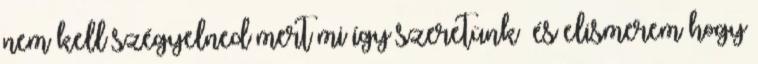
nem kell szégyelned mert mi így szeretünk❤❤és elismerem hogy